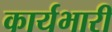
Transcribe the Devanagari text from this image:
कार्यभारी